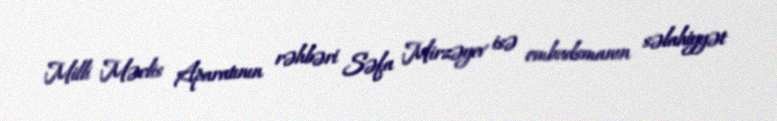
Milli Məclis Aparatının rəhbəri Səfa Mirzəyev isə ombudsmanın səlahiyyət